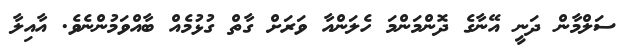
ސަލްމާން ދަނީ އޭނާގެ ދޮންމަންމަ ހެލަންއާ ވަރަށް ގާތް ގުޅުމެއް ބާއްވަމުންނެވެ. އާއިލާ